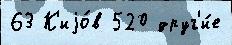
63 К'иjо́в 520 друг'и́е